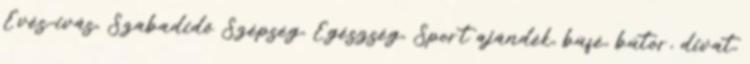
Evés-ivás, Szabadidő Szépség, Egészség, Sport ajándék, büfé, bútor, divat,